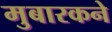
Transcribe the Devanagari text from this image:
मुबारकने